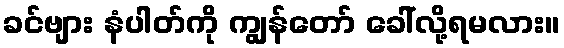
ခင်ဗျား နံပါတ်ကို ကျွန်တော် ခေါ်လို့ရမလား။